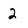
Character: 2